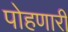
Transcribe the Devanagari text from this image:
पोहणारी